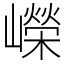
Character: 嶸